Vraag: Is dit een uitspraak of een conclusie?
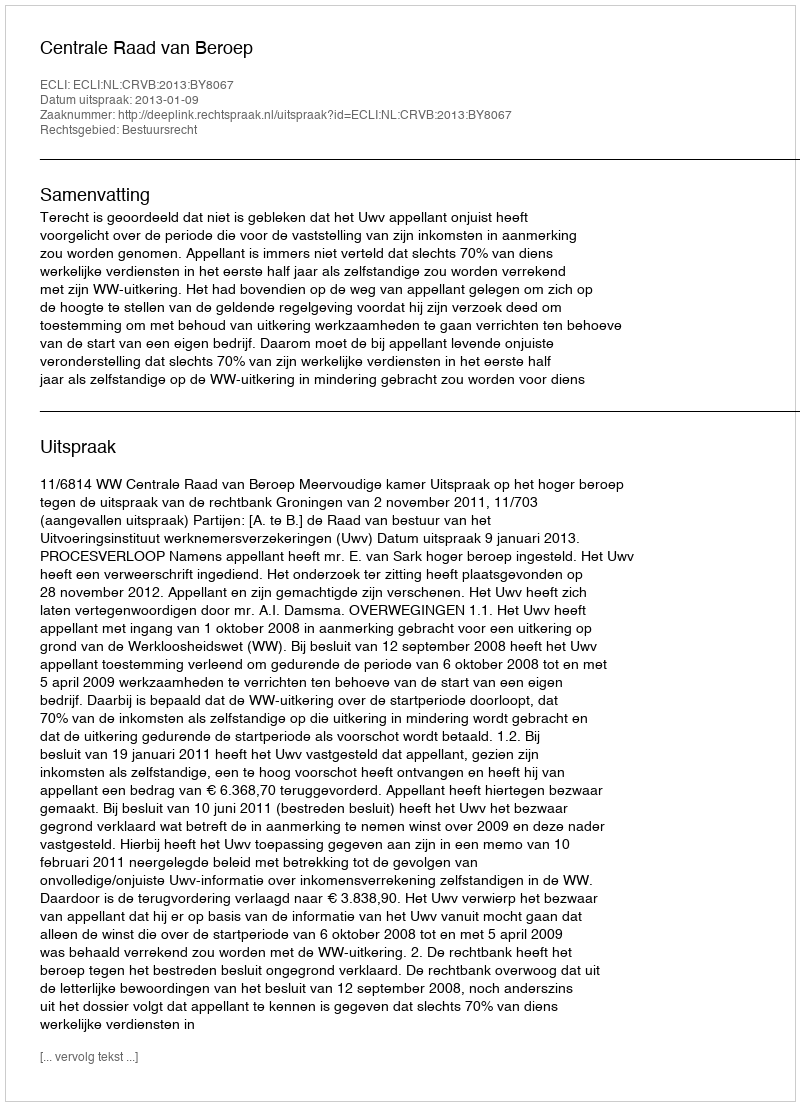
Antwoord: Uitspraak